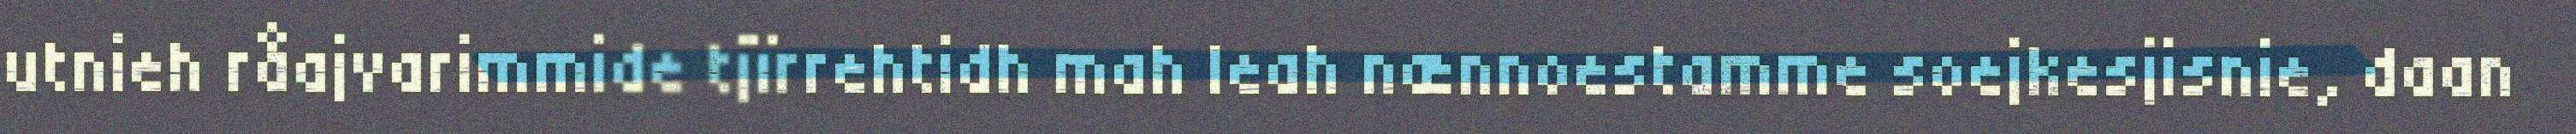
utnieh råajvarimmide tjïrrehtidh mah leah nænnoestamme soejkesjisnie, daan